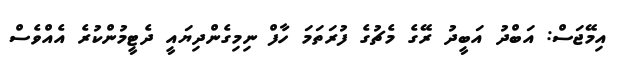
އިމޭޖަސް: އަބްދު އަބީދު ރޭގެ މެޗުގެ ފުރަތަމަ ހާފް ނިމިގެންދިޔައީ ދެޓީމުންކުރެ އެއްވެސް